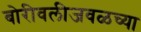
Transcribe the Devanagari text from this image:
बोरीवलीजवळच्या